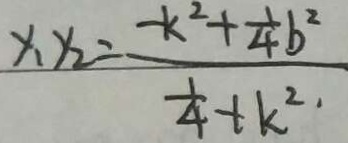
x _ { 1 } y _ { 2 } = \frac { - k ^ { 2 } + \frac { 1 } { 4 } b ^ { 2 } } { \frac { 1 } { 4 } + k ^ { 2 . } }